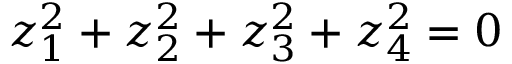
z _ { 1 } ^ { 2 } + z _ { 2 } ^ { 2 } + z _ { 3 } ^ { 2 } + z _ { 4 } ^ { 2 } = 0